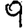
Digit: 9